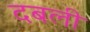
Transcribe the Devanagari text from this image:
दबली